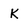
Character: K